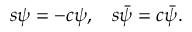
\begin{array} { l l } { { s \psi = - c \psi , } } & { { s \bar { \psi } = c \bar { \psi } . } } \end{array}